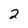
Character: 2